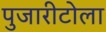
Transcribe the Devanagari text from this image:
पुजारीटोला